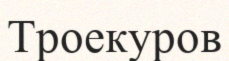
Троекуров